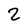
Character: 2